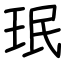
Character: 珉